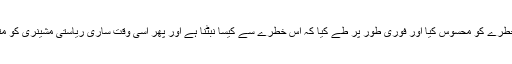
اس نے آئندہ خطرے کو محسوس کیا اور فوری طور پر طے کیا کہ اس خطرے سے کیسا نبٹنا ہے اور پھر اسی وقت ساری ریاستی مشینری کو متحرک کر دیا۔